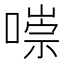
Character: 𠼾